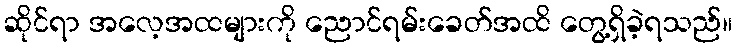
ဆိုင်ရာ အလေ့အထများကို ညောင်ရမ်းခေတ်အထိ တွေ့ရှိခဲ့ရသည်။